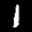
Label: 1